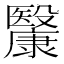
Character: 𣫥